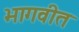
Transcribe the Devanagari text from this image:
भागवीत